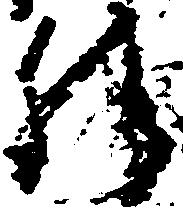
勝